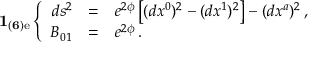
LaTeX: { \bf 1 _ { ( 6 ) \mathrm { e } } } \left\{ \begin{array} { r c l } { { d s ^ { 2 } } } & { { = } } & { { e ^ { 2 { \phi } } \left[ ( d x ^ { 0 } ) ^ { 2 } - ( d x ^ { 1 } ) ^ { 2 } \right] - ( d x ^ { a } ) ^ { 2 } \, , } } \\ { { { B } _ { 0 1 } } } & { { = } } & { { e ^ { 2 { \phi } } \, . } } \end{array} \right.